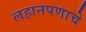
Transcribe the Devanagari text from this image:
लहानपणाचे